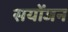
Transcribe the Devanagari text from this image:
सयोंजन